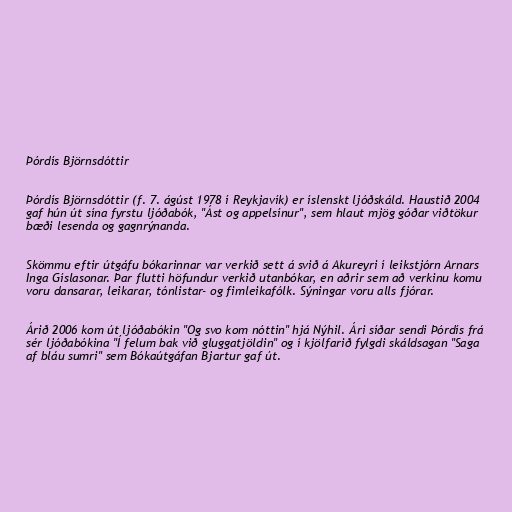
Þórdís Björnsdóttir

Þórdís Björnsdóttir (f. 7. ágúst 1978 í Reykjavík) er íslenskt ljóðskáld. Haustið 2004
gaf hún út sína fyrstu ljóðabók, "Ást og appelsínur", sem hlaut mjög góðar viðtökur
bæði lesenda og gagnrýnanda.

Skömmu eftir útgáfu bókarinnar var verkið sett á svið á Akureyri í leikstjórn Arnars
Inga Gíslasonar. Þar flutti höfundur verkið utanbókar, en aðrir sem að verkinu komu
voru dansarar, leikarar, tónlistar- og fimleikafólk. Sýningar voru alls fjórar.

Árið 2006 kom út ljóðabókin "Og svo kom nóttin" hjá Nýhil. Ári síðar sendi Þórdís frá
sér ljóðabókina "Í felum bak við gluggatjöldin" og í kjölfarið fylgdi skáldsagan "Saga
af bláu sumri" sem Bókaútgáfan Bjartur gaf út.